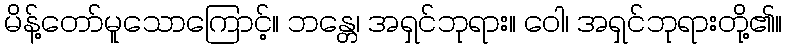
မိန့်တော်မူသောကြောင့်။ ဘန္တေ၊ အရှင်ဘုရား။ ဝေါ၊ အရှင်ဘုရားတို့၏။